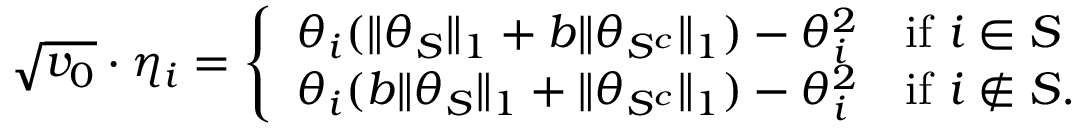
\begin{array} { r } { \sqrt { v _ { 0 } } \cdot \eta _ { i } = \left\{ \begin{array} { l l } { \theta _ { i } ( \| \theta _ { S } \| _ { 1 } + b \| \theta _ { S ^ { c } } \| _ { 1 } ) - \theta _ { i } ^ { 2 } \quad \mathrm { i f ~ } i \in S } \\ { \theta _ { i } ( b \| \theta _ { S } \| _ { 1 } + \| \theta _ { S ^ { c } } \| _ { 1 } ) - \theta _ { i } ^ { 2 } \quad \mathrm { i f ~ } i \notin S . } \end{array} \right. } \end{array}